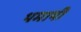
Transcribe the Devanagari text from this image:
थमायी